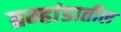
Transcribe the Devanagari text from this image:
ब्रम्हांडातील